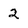
Character: 2